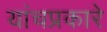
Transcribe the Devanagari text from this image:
यांचप्रकारे